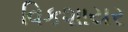
વિકશાયર